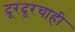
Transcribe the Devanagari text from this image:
दूरदूरचाही